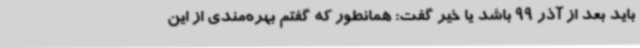
باید بعد از آذر 99 باشد یا خیر گفت: همانطور که گفتم بهره‌مندی از این